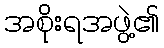
အစိုးရအဖွဲ့၏